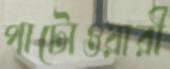
পাটোওয়ারী